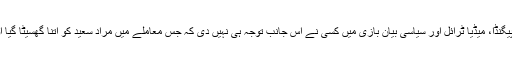
اس سارے پس منظر، پروپیگنڈا، میڈیا ٹرائل اور سیاسی بیان بازی میں کسی نے اس جانب توجہ ہی نہیں دی کہ جس معاملے میں مراد سعید کو اتنا گھسیٹا گیا اور اس پر کیچڑ اچھالا گیا۔